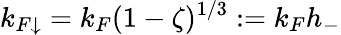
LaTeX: k_{F\mathord{\downarrow}}=k_{F}(1-\zeta)^{1/3}:=k_{F}h_{-}